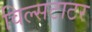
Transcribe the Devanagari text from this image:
विल्सटाटर